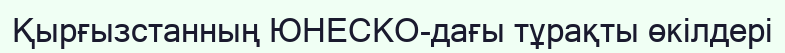
Қырғызстанның ЮНЕСКО-дағы тұрақты өкілдері